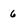
Character: 6